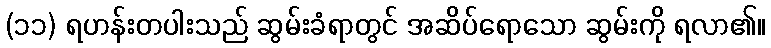
(၁၁) ရဟန်းတပါးသည် ဆွမ်းခံရာတွင် အဆိပ်ရောသော ဆွမ်းကို ရလာ၏။